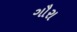
ગૌરા